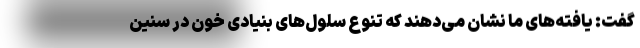
گفت: یافته‌های ما نشان می‌دهند که تنوع سلول‌های بنیادی خون در سنین